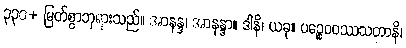
၃၃၀+ မြတ်စွာဘုရားသည်။ အာနန္ဒ၊ အာနန္ဒာ။ ဒါနိ၊ ယခု။ ပဉ္စေဝဝဿသတာနိ၊